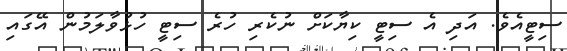
ސިޓީއެވެ. އަދި އެ ސިޓީ ކިޔާކަށް ނުކެރި ހުރެ ސިޓީ ހުޅުވާލަމުން އޭގައި